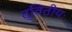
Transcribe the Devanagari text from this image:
द्वितीयः